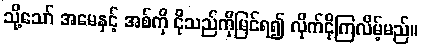
သို့သော် အမေနှင့် အစ်ကို ငိုသည်ကိုမြင်ရ၍ လိုက်ငိုကြလိမ့်မည်။